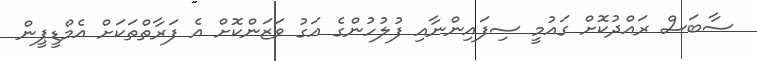
ސާބަސް ރައްދުކޮށް ގައުމީ ސިފައިންނާއި ފުލުހުންގެ އަގު ވަޒަންކޮށް އެ ފަރާތްތަކަށް އެމްޑީޕީން